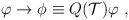
LaTeX: \begin{align*}\varphi \to \phi \equiv Q({\cal T})\varphi~,\end{align*}